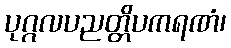
ပုဂ္ဂလပညတ္တိပကရဏံ၊